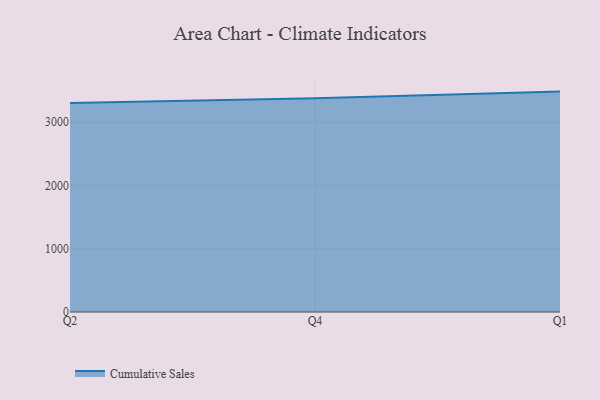
{"axis": {"x": "Quarter", "y": "Demand Index"}, "legend": ["Cumulative Sales"], "data": [{"x": "Q2", "y": 3301.4, "type": "Cumulative Sales"}, {"x": "Q4", "y": 3378.0, "type": "Cumulative Sales"}, {"x": "Q1", "y": 3482.0, "type": "Cumulative Sales"}]}